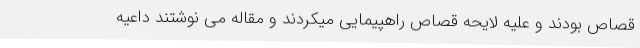
قصاص بودند و علیه لایحه قصاص راهپیمایی میکردند و مقاله می نوشتند داعیه